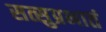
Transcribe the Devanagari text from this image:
सत्सुप्रभातं